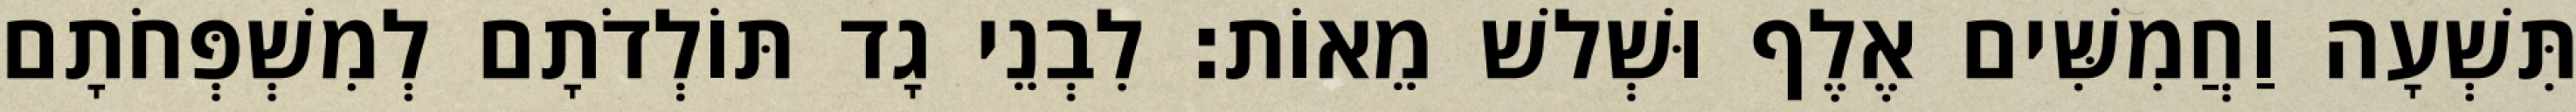
תִּשְׁעָה וַחֲמִשִּׁים אֶלֶף וּשְׁלשׁ מֵאוֹת׃ לִבְנֵי גָד תּוֹלְדֹתָם לְמִשְׁפְּחֹתָם